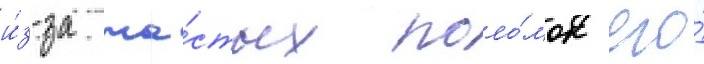
и́з-за ча́стых поло́мок его́